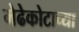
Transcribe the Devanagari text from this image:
मेढेकोटाच्या